Medical and sanitary report on the native army of Bombay for the year
Year: 1877
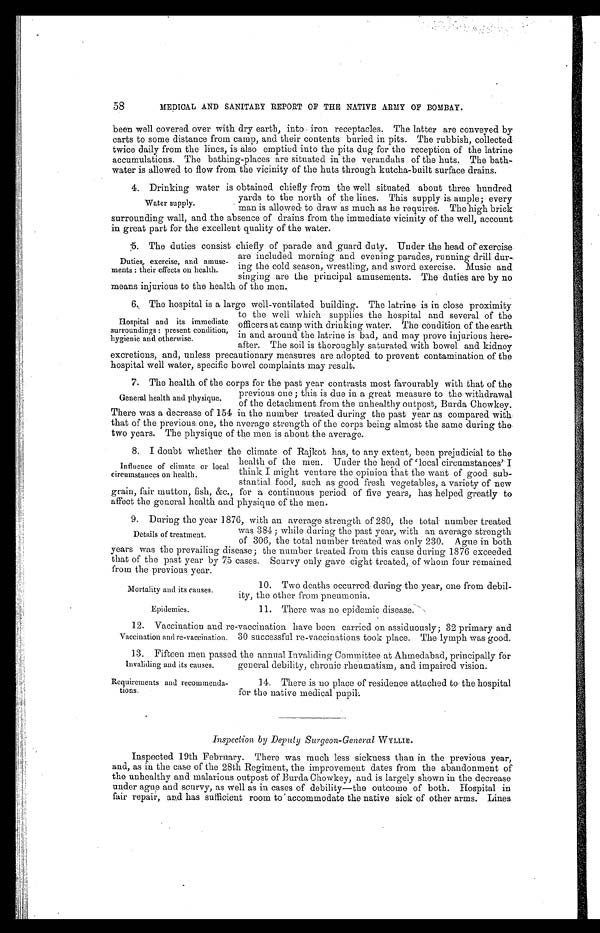
Mortality and its causes.
Epidemics.
58
MEDICAL AND SANITARY REPORT OF THE NATIVE ARMY OF BOMBAY.
been well covered over with dry earth, into iron receptacles. The latter are conveyed by
carts to some distance from camp, and their contents buried in pits. The rubbish, collected
twice daily from the lines, is also emptied into the pits dug for the reception of the latrine
accumulations. The bathing-places are situated in the verandahs of the huts. The bath
-
water is allowed to flow from the vicinity of the huts through kutcha-built surface drains.
4. Drinking water is obtained chiefly from the well situated about three hundred
yards to. the north of the lines. This supply is ample; every
man is allowed to draw as much as he requires. The high brick
surrounding wall, and the absence of drains from the immediate vicinity of the well, account
in great part for the excellent quality of the water.
5. The duties consist chiefly of parade and guard duty. Under the head of exercise
are included morning and evening parades, running drill dur
-
ing the cold season, wrestling, and sword exercise. Music and
singing are the principal amusements. The duties are by no
means injurious to the health of the men.
6. The hospital is a large well-ventilated building. The latrine is in close proximity
to the well which supplies the hospital and several of the
officers at camp with drinking water. The condition of the earth
in and around the latrine is bad, and may prove injurious here
-
after. The soil is thoroughly saturated with bowel and kidney
excretions, and, unless precautionary measures are adopted to prevent contamination of the
hospital well water, specific bowel complaints may result.
7. The health of the corps for the past year contrasts most favourably with that of the
previous one; this is due in a great measure to the withdrawal
of the detachment from the unhealthy outpost, Burda Chowkey.
There was a decrease of 154 in the number treated during the past year as compared with
that of the previous one, the average strength of the corps being almost the same during the
two years. The physique of the men is about the average.
8. I doubt whether the climate of Rajkot has, to any extent, been prejudicial to the
health of the men. Under the head of 'local circumstances' I
think. I might venture the opinion that the want of good sub
-
stantial food, such as good fresh vegetables, a variety of new
grain, fair mutton, fish, &c., for a continuous period of five years, has helped greatly to
affect the general health and physique of the men.
9. During the year 1876, with an average strength of 280, the total number treated
was 384; while during the past year, with an average strength
of 306, the total number treated was only 230. Ague in both
years was the prevailing disease; the number treated from this cause during 1876 exceeded
that of the past year by 75 cases. Scurvy only gave eight treated,. of whom four remained
from the previous year.
Water supply.
Duties, exercise, and amuse
-
ments: their effects on health.
Hospital and its immediate
surroundings: present condition,
hygienic and otherwise.
General health and physique.
Influence of climate or local
circumstances on health.
Details of treatment.
10. Two deaths occurred during the year, one from debil
-ity, the other from pneumonia.
11. There was no epidemic disease.
12. Vaccination and re-vaccination have been carried on assiduously; 32 primary and
30 successful re-vaccinations took place. The lymph was good.
13. Fifteen men passed the annual Invaliding Committee at Ahmedabad, principally for
general debility, chronic rheumatism, and impaired vision.
Vaccination and re-vaccination.
Invaliding and its causes.
Requirements and recommenda
-
tions.
14. There is no place of residence attached to the hospital
for the native medical pupil.
Inspection by Deputy Surgeon-General WYLLIE .
Inspected 19th February. There was much less sickness than in the previous year,
and, as in the case of the 28th Regiment, the improvement dates from the abandonment of
the unhealthy and malarious outpost of Burda Chowkey, and is largely shown in the decrease
under ague and scurvy, as well as in cases of debility—the outcome of both. Hospital in
fair repair, and has sufficient room to accommodate the native sick of other arms. Lines